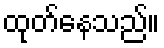
ထုတ်နေသည်။